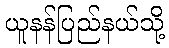
ယူနန်ပြည်နယ်သို့